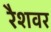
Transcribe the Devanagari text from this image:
रैशवर